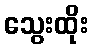
သွေးထိုး